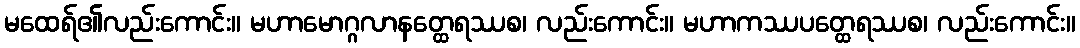
မထေရ်၏လည်းကောင်း။ မဟာမောဂ္ဂလာနတ္ထေရဿစ၊ လည်းကောင်း။ မဟာကဿပတ္ထေရဿစ၊ လည်းကောင်း။